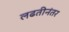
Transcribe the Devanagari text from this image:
लढतीनंतर